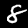
Label: 8